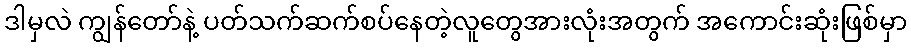
ဒါမှလဲ ကျွန်တော်နဲ့ ပတ်သက်ဆက်စပ်နေတဲ့လူတွေအားလုံးအတွက် အကောင်းဆုံးဖြစ်မှာ